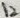
Text: 12